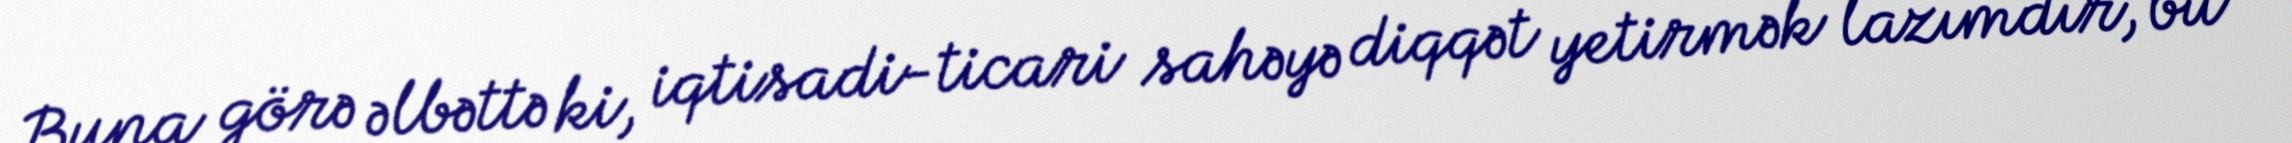
Buna görə əlbəttə ki, iqtisadi-ticari sahəyə diqqət yetirmək lazımdır, bu